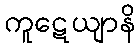
ကူဋေယျာနိ